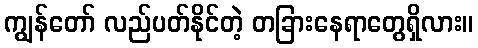
ကျွန်တော် လည်ပတ်နိုင်တဲ့ တခြားနေရာတွေရှိလား။